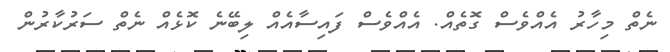
ނެތް މިހާރު އެއްވެސް ގޮތެއް. އެއްވެސް ފައިސާއެއް ލިބޭނެ ކޮޅެއް ނެތް ސަރުކާރުން